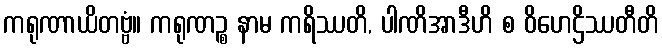
ကရုဏာယိတဗ္ဗံ။ ကရုဏဉ္စ နာမ ကရိဿတိ, ပါဏိအာဒီဟိ စ ဝိဟေဌိဿတီတိ